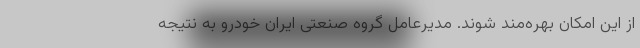
از این امکان بهره‌مند شوند. مدیرعامل گروه صنعتی ایران خودرو به نتیجه